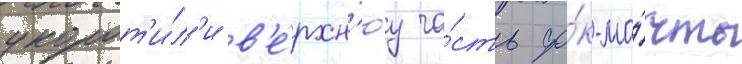
укорот'и́л'и в'е́рхн'юу ча́сть фо́к-ма́чты